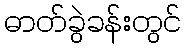
ဓာတ်ခွဲခန်းတွင်